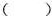
（ ）